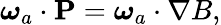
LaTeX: {\boldsymbol{\omega}}_{a}\cdot{\mathbf P}={\boldsymbol{\omega}}_{a}\cdot\nabla B,